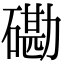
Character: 磡